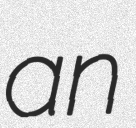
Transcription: an